Lock hospitals Punjab
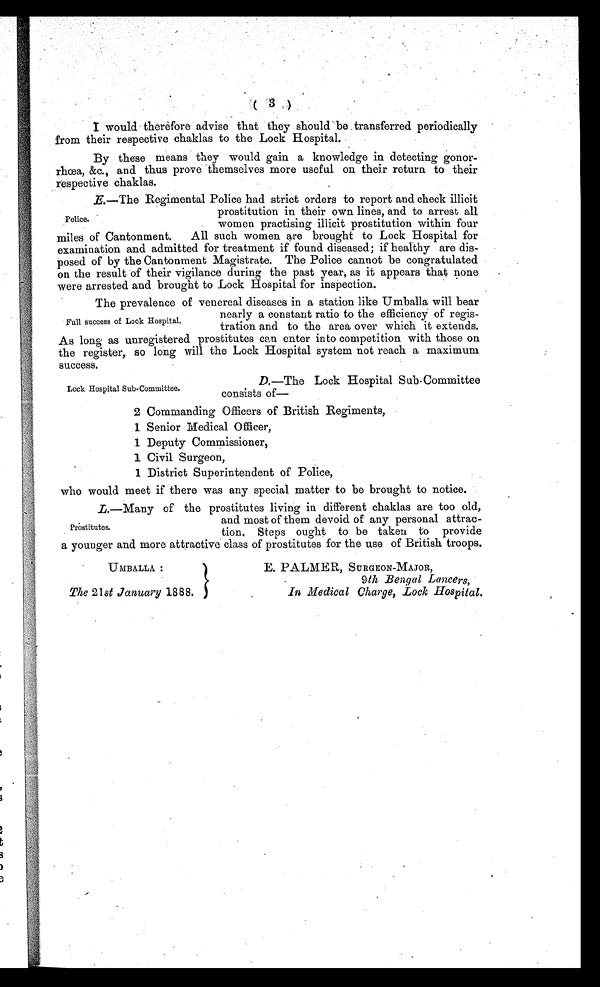
( 3 )
I would therefore advise that they should be transferred periodically
from their respective chaklas to the Lock Hospital.
By these means they would gain a knowledge in detecting gonor-
rhœa, &c., and thus prove themselves more useful on their return to their
respective chaklas.
E. —The Regimental Police had strict orders to report and check illicit
prostitution in their own lines, and to arrest all
Police.
women practising illicit prostitution within four
miles of Cantonment. All such women are brought to Lock Hospital for
examination and admitted for treatment if found diseased; if healthy are dis-
posed of by the Cantonment Magistrate. The Police cannot be congratulated
on the result of their vigilance during the past year, as it appears that none
were arrested and brought to Lock Hospital for inspection.
The prevalence of venereal diseases in a station like Umballa will bear
nearly a constant ratio to the efficiency of regis-
Full success of Lock Hospital.
tration and to the area over which it extends.
As long as unregistered prostitutes can enter into competition with those on
the register, so long will the Lock Hospital system not reach a maximum
success.
Lock Hospital Sub-Committee.
D. —The Lock Hospital Sub-Committee
consists of—
2 Commanding Officers of British Regiments,
1 Senior Medical Officer,
1 Deputy Commissioner,
1 Civil Surgeon,
1 District Superintendent of Police,
who would meet if there was any special matter to be brought to notice.
L. —Many of the prostitutes living in different chaklas are too old,
and most of them devoid of any personal attrac-
Prostitutes.
tion. Steps ought to be taken to provide
a younger and more attractive class of prostitutes for the use of British troops.
UMBA.LLA:
The 21 st January 1888.
E. PALMER, SURGEON-MAJOR,
9 th Bengal Lancers,
In Medical Charge, Lock Hospital.
a